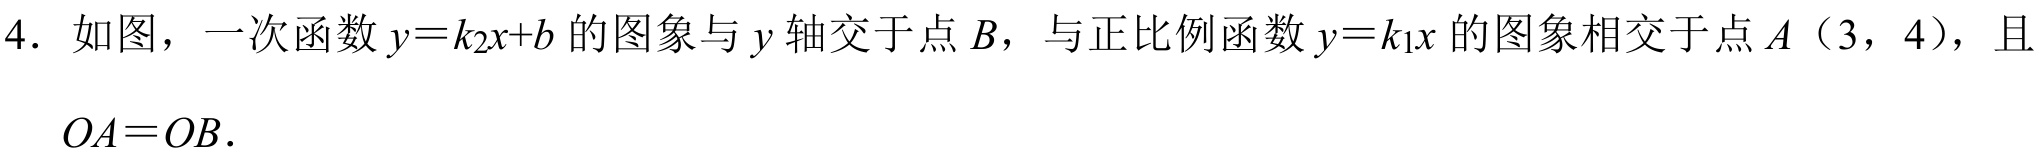
4. 如图，一次函数\(y = k_{2}x + b\)的图象与\(y\)轴交于点\(B\)，与正比例函数\(y = k_{1}x\)的图象相交于点\(A\)（3，4），且
\(OA = OB\).